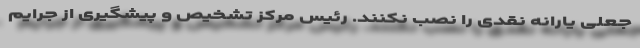
جعلی یارانه نقدی را نصب نکنند. رئیس مرکز تشخیص و پیشگیری از جرایم